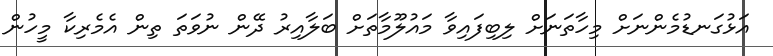
އަޅުގަނޑުމެންނަށް މިހާތަނަށް ލިބިފައިވާ މައުލޫމާތަށް ބަލާއިރު ދޭން ނުވަތަ ތިން އެމެރިކާ މީހުން